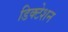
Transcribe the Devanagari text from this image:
डिक्‍टेशन